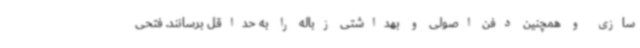
سازی و همچنین دفن اصولی و بهداشتی زباله را به حداقل برسانند. فتحی